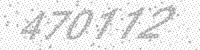
Solution: 470112